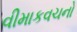
વીમાકવચનો